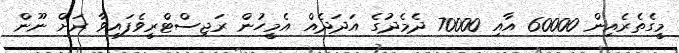
މީގެތެރެއިން 60000 އާއި 70000 ދެމެދުގެ އަދަދެއް އެމީހުން ރަޖިސްޓްރީވެފައިވާ ރަށް ނޫން